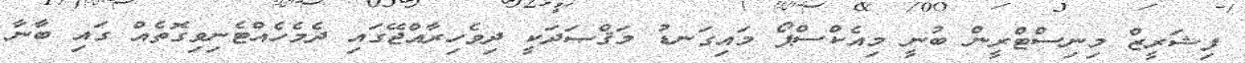
ފިޝަރީޒް މިނިސްޓްރީން ބުނީ މިއެކްސްޕޯ މައިގަނޑު މަޤްޞަދަކީ ދިވެހިރާއްޖޭގައި ދެމެހެއްޓެނިވިގޮތެއް ގައި ބާނާ